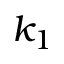
k _ { 1 }